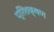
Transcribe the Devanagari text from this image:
प्रिशक्षण